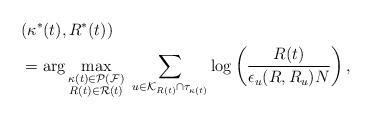
LaTeX: \begin{align*}&(\kappa^*(t), R^*(t)) \\& = \arg \max_{ \substack{\kappa(t) \in \mathcal{P}(\mathcal{F}) \\ R(t) \in \mathcal{R}(t)}} \ \sum_{u \in \mathcal{K}_{R(t)} \cap \tau_{\kappa(t)}} \log \left(\frac{R(t)}{\epsilon_u(R,R_u)N} \right), \end{align*}